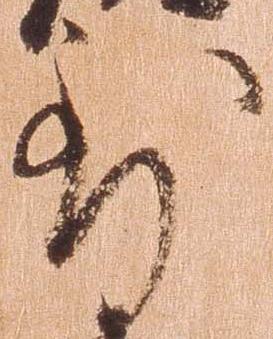
到